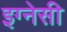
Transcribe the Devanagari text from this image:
इग्नेसी